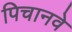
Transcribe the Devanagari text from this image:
पिचानवे